Report on the lunatic asylums under the Government of Bombay - 1904-1913
Year: 1904
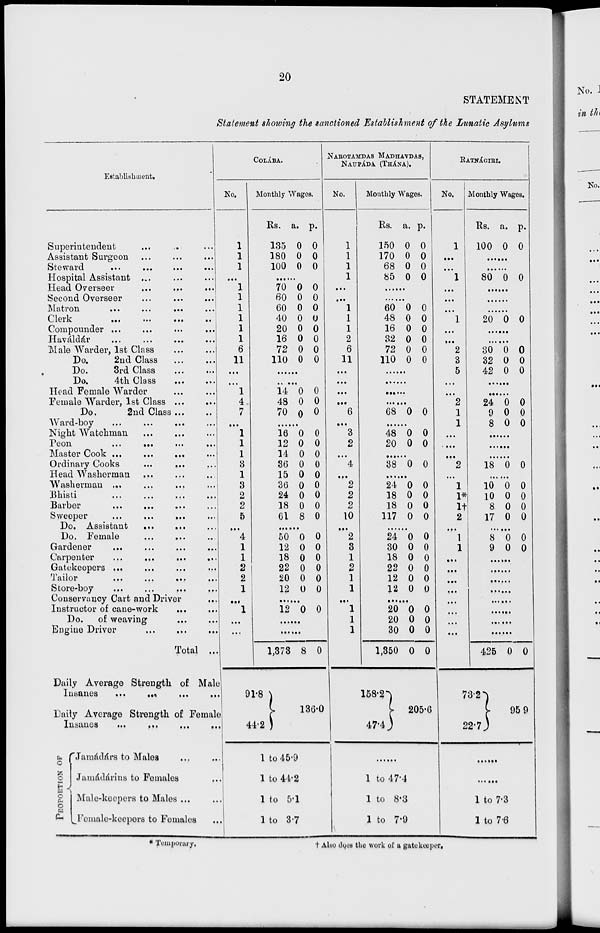
20
STATEMENT
Statement showing the sanctioned Establishment of the Lunatic Asylums
Establishment.
Superintendent ... ... ...
Assistant Surgeon ... ... ...
Steward
...
...
...
...
Hospital Assistant ... ... ...
Head Overseer ... ... ...
Second Overseer ... ... ...
Matron ... ...
...
...
Clerk
...
...
...
..
Compounder ... ... ... ...
Haváldár ... ... ... ...
Male Warder, 1st Class ... ...
Do.
2nd Class ... ...
Do.
3rd Class ... ...
Do.
4th Class ... ...
Head Female Warder ... ...
Female Warder, 1st Class
...
...
Do.
2nd Class ... ...
Ward-boy ... ... ...
...
Night Watchman ... ... ...
Peon
...
...
...
...
Master Cook ... ... ... ...
Ordinary Cooks ... ... ...
Head Washerman ... ... ...
Washerman ... ... ... ... ...
Bhisti ... ... ... ...
Barber
...
...
...
...
Sweeper ... ... ...
...
Do. Assistant ... ... ...
Do. Female ... ... ...
Gardener ... ... ... ...
Carpenter ... ... ... ...
Gatekeepers ... ... ... ...
Tailor
...
...
...
...
Store-boy ... ... ... ...
Conservancy Cart and Driver ...
Instructor of cane-work ... ...
Do.
of weaving
...
...
Engine Driver
...
...
...
Total ...
Daily Average Strength of Male
Insanes
...
...
...
...
Daily Average Strength of Female
Insanes
...
...
...
...
PROPORTION OF
Jamádárs to Males ... ...
Jamádárins to Females ...
Male-keepers to Males ... ...
Female-keepers to Females ...
COLA'BA.
No.
1
1
1
...
1
1
1
1
1
1
6
11
...
«. .
1
4
7
...
1
1
1
3
1
3
2
2
5
...
4
1
1
2
2
1
...
1
...
...
Monthly Wages.
Rs.
135
180
100
a.
0
0
0
p.
0
0
0
........
70
60
60
40
20
16
72
110
0
0
0
0
0
0
0
0
0
0
0
0
0
0
0
0
.......
.......
14
48
70
0
0
0
0
0
0
.......
16
12
14
36
15
36
24
18
61
0
0
0
0
0
0
0
0
8
0
0
0
0
0
0
0
0
0
.......
50
12
18
22
20
12
0
0
0
0
0
0
0
0
0
0
0
0
.......
12 0 0
.......
.......
1,373
91.8
44.2
8 0
136.0
1 to 45.9
1 to 44.2
1 to 5.1
1 to 3.7
NAROTAMDAS MADHAVDAS,
NAUPA'DA (THA'NA).
No.
1
1
1
1
...
...
1
1
1
2
6
11
...
...
...
...
6
...
3
2
...
4
...
2
2
2
10
...
2
3
1
2
1
1
...
1
1
1
Monthly Wages.
Rs.
150
170
68
85
a.
0
0
0
0
p.
0
0
0
0
.......
.......
60
48
16
32
72
110
0
0
0
0
0
0
0
0
0
0
0
0
.......
.......
.......
.......
68 0 0
.......
48
20
0
0
0
0
.......
38 0 0
.......
24
18
18
117
0
0
0
0
0
0
0
0
.......
24
30
18
22
12
12
0
0
0
0
0
0
0
0
0
0
0
0
20
20
30
1,350
158.2
47.4
0
0
0
0
0
0
0
0
205.6
1 to 47.4
1 to 8.3
1 to 7.9
RATNA'GIRI.
No.
1
. ..
...
1
...
...
...
1
...
...
2
3
5
...
...
2
1
1
...
...
...
2
...
1
1*
1†
2
...
1
1
...
...
...
...
...
...
...
...
Monthly Wages.
Rs.
100
a.
0
p.
0
.......
.......
80 0 0
.......
.......
.......
20 0 0
.......
.......
30
32
42
0
0
0
0
0
0
.......
.......
24
9
8
0
0
0
0
0
0
.......
.......
.......
18 0 0
.......
10
10
8
17
0
0
0
0
0
0
0
0
.......
8
9
0
0
0
0
.......
.......
.......
.......
.......
.......
.......
.......
425
73.2
22.7
0 0
95.9
......
......
1 to 7.3
1 to 7.6
* Temporary.
†
Also does the work of a gatekeeper.